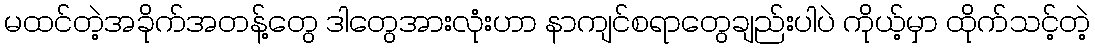
မထင်တဲ့အခိုက်အတန့်တွေ ဒါတွေအားလုံးဟာ နာကျင်စရာတွေချည်းပါပဲ ကိုယ့်မှာ ထိုက်သင့်တဲ့